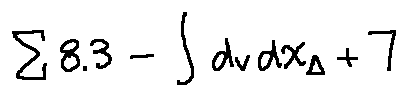
\sum 8 . 3 - \int d _ { v } d x _ { \Delta } + 7